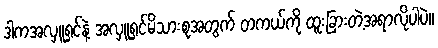
ဒါကအလှူရှင်နဲ့ အလှူရှင်မိသားစုအတွက် တကယ်ကို ထူးခြားတဲ့အရာလိုပါပဲ။